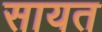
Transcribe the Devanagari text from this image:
सायत